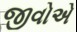
જીવોએ